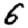
Digit: 6